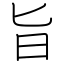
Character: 旨